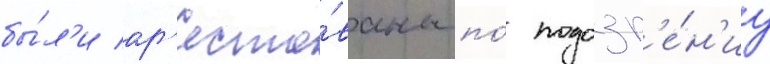
бы́л'и ар'есто́ваны по́ подозр'е́н'иу